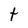
Character: t